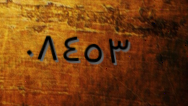
٠٨٤٥٣